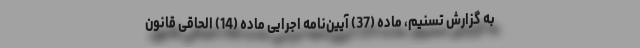
به گزارش تسنیم، ماده (37) آیین‌نامه اجرایی ماده (14) الحاقی قانون